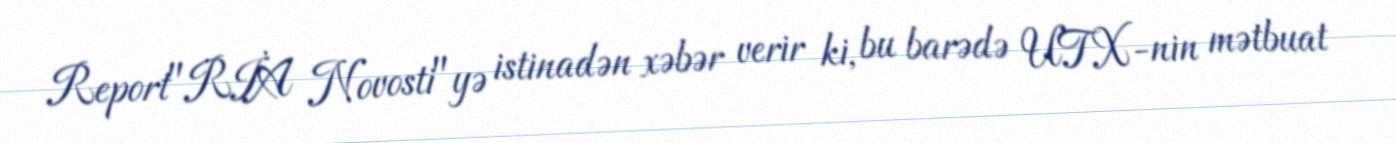
Report"RİA Novosti"yə istinadən xəbər verir ki, bu barədə UTX-nin mətbuat